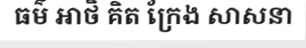
ធម៌ អាថិ គិត ក្រែង សាសនា